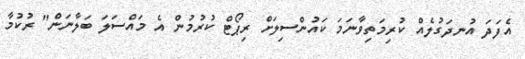
އެފަދަ އުނދަގުލެއް ކުރިމަތިވާނަމަ ކައުންސިލަށް ރިޕޯޓް ކުރުމުން އެ މައްސަލަ ބަލާނަން" ރުކުމާ